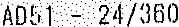
AD51 - 24/360